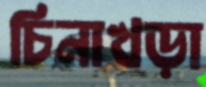
চিনাখড়া